Indian journal of veterinary science and animal husbandry - Volume 13,
Year: 1943
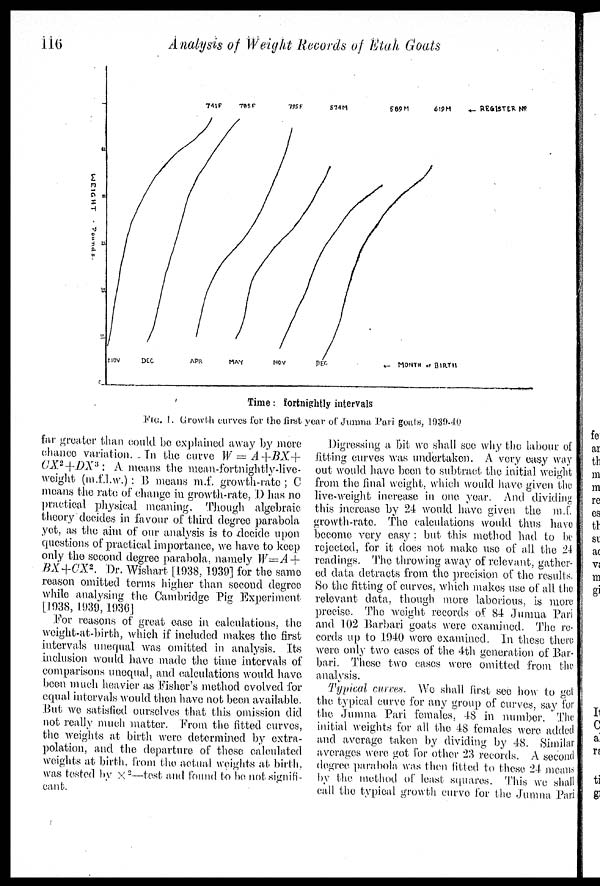
116
Analysis of Weight Records of Etah Goats
Time: fortnightly intervals
FIG. 1. Growth curves for the first year of Jumna Pari goals, 1939-40
far greater than could be explained away by more
chance variation. In the curve W = A+BX+
CX 2 +DX 3 : A means the mean-fortnightly-live-
weight (m.f.l.w.): B means m.f. growth-rate; C
means the rate of change in growth-rate, D has no
practical, physical meaning. Though algebraic
theory decides in favour of third degree parabola
yet, as the aim of our analysis is to decide upon
questions of practical importance, we have to keep
only the second degree parabola, namely W=A+
BX+CX 2 . Dr. Wishart [1938, 1939] for the same
reason omitted terms higher than second degree
while analysing the Cambridge Pig Experiment
[1938, 1939,1936]
For reasons of great ease in calculations, the
weight-at-birth, which if included makes the first
intervals unequal was omitted in analysis. Its
inclusion would have made the time intervals of
comparisons unequal, and calculations would have
been much heavier as fisher's method evolved for
equal intervals would then have not been available.
But we satisfied ourselves that this omission did
not really much matter. From the fitted curves,
the weights at birth were determined by extra-
polation, and the departure of these calculated
weights at birth, from the actual weights at birth.
was tested by × 2 —test and found to bo not signifi-
cant.
Digressing a bit we shall see why the labour of
fitting curves was undertaken. A very easy way
out would have been to subtract the initial weight
from the final weight, which would have given the
live-weight increase in one year. And dividing
this increase by 24 would have given the m.f.
growth-rate. The calculations would thus have
become very easy ; but this method had to be
rejected, for it does not make use of all the 24
readings. The throwing away of relevant, gather-
ed data detracts from the precision of the results.
So the fitting of curves, which makes use of all the
relevant data, though more laborious, is more
precise. The weight records of 84 Jumna Pari
and 102 Barbari goats were examined. The re-
cords up to 1940 were examined. In these there
were only two cases of the 4th generation of Bar-
bari. These two cases were omitted from the
analysis.
Typical curves. We shall first see how to get
the typical curve for any group of curves, say for
the Jumna Pari females. 48 in number. ' The
initial weights for all the 48 females were added
and average taken by dividing by 48. Similar
averages were got for other 23 records. A second
degree parabola was then fitted to these 24 means
by the method of least squares. This we shall
call the typical growth curve for the Jumna Pari